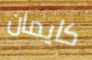
كايمان